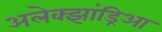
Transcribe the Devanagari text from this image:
अलेक्झांड्रिआ